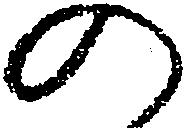
の